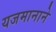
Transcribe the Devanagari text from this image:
यजमानाने